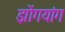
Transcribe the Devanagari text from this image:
झोंगयांग